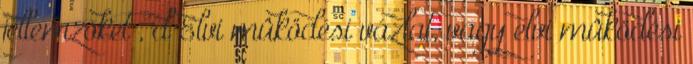
jellemzõket , d Elvi mûködési vázlat, vagy elvi mûködési